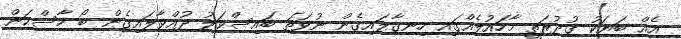
އެއް ބަޔަކު ގުދުރަތީ މާހައުލެއްގައި ހިނގާލައިގެން ނުވަތަ ބައިސްކަލު ދުއްވާލައިގެން ބޯ ހާސްކަން